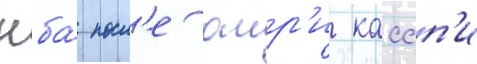
нба́ посл'е омр'и кассп'и